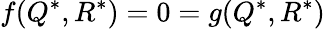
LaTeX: f(Q^{*},R^{*})=0=g(Q^{*},R^{*})